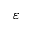
\varepsilon